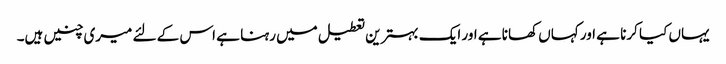
یہاں کیا کرنا ہے اور کہاں کھانا ہے اور ایک بہترین تعطیل میں رہنا ہے اس کے لئے میری چنیں ہیں۔